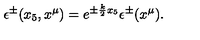
\epsilon ^ { \pm } ( x _ { 5 } , x ^ { \mu } ) = e ^ { \pm \frac { k } { 2 } x _ { 5 } } \epsilon ^ { \pm } ( x ^ { \mu } ) .